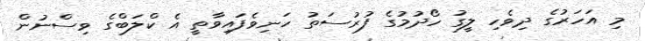
މި އަހަރުގެ ދިވެހި ލީގު ހޯދުމުގެ ފުރުސަތު ހަނިވެފައިވާތީ އެ ކްލަބްގެ ވިސްނުން